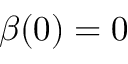
\beta ( 0 ) = 0